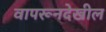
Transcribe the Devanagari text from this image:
वापरूनदेखील